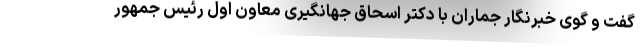
گفت و گوی خبرنگار جماران با دکتر اسحاق جهانگیری معاون اول رئیس جمهور